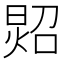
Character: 㷖